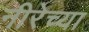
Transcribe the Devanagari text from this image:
नीरेच्या